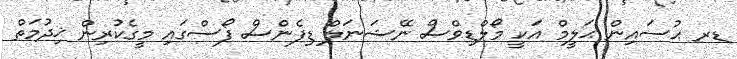
ޑރ ޙުސައިން ޙަލީމް އަކީ މޯލްޑިވްސް ނޭޝަނަލް ޑިފެންސް ފޯސްގައި މީގެކުރިން ޚިދުމަތް